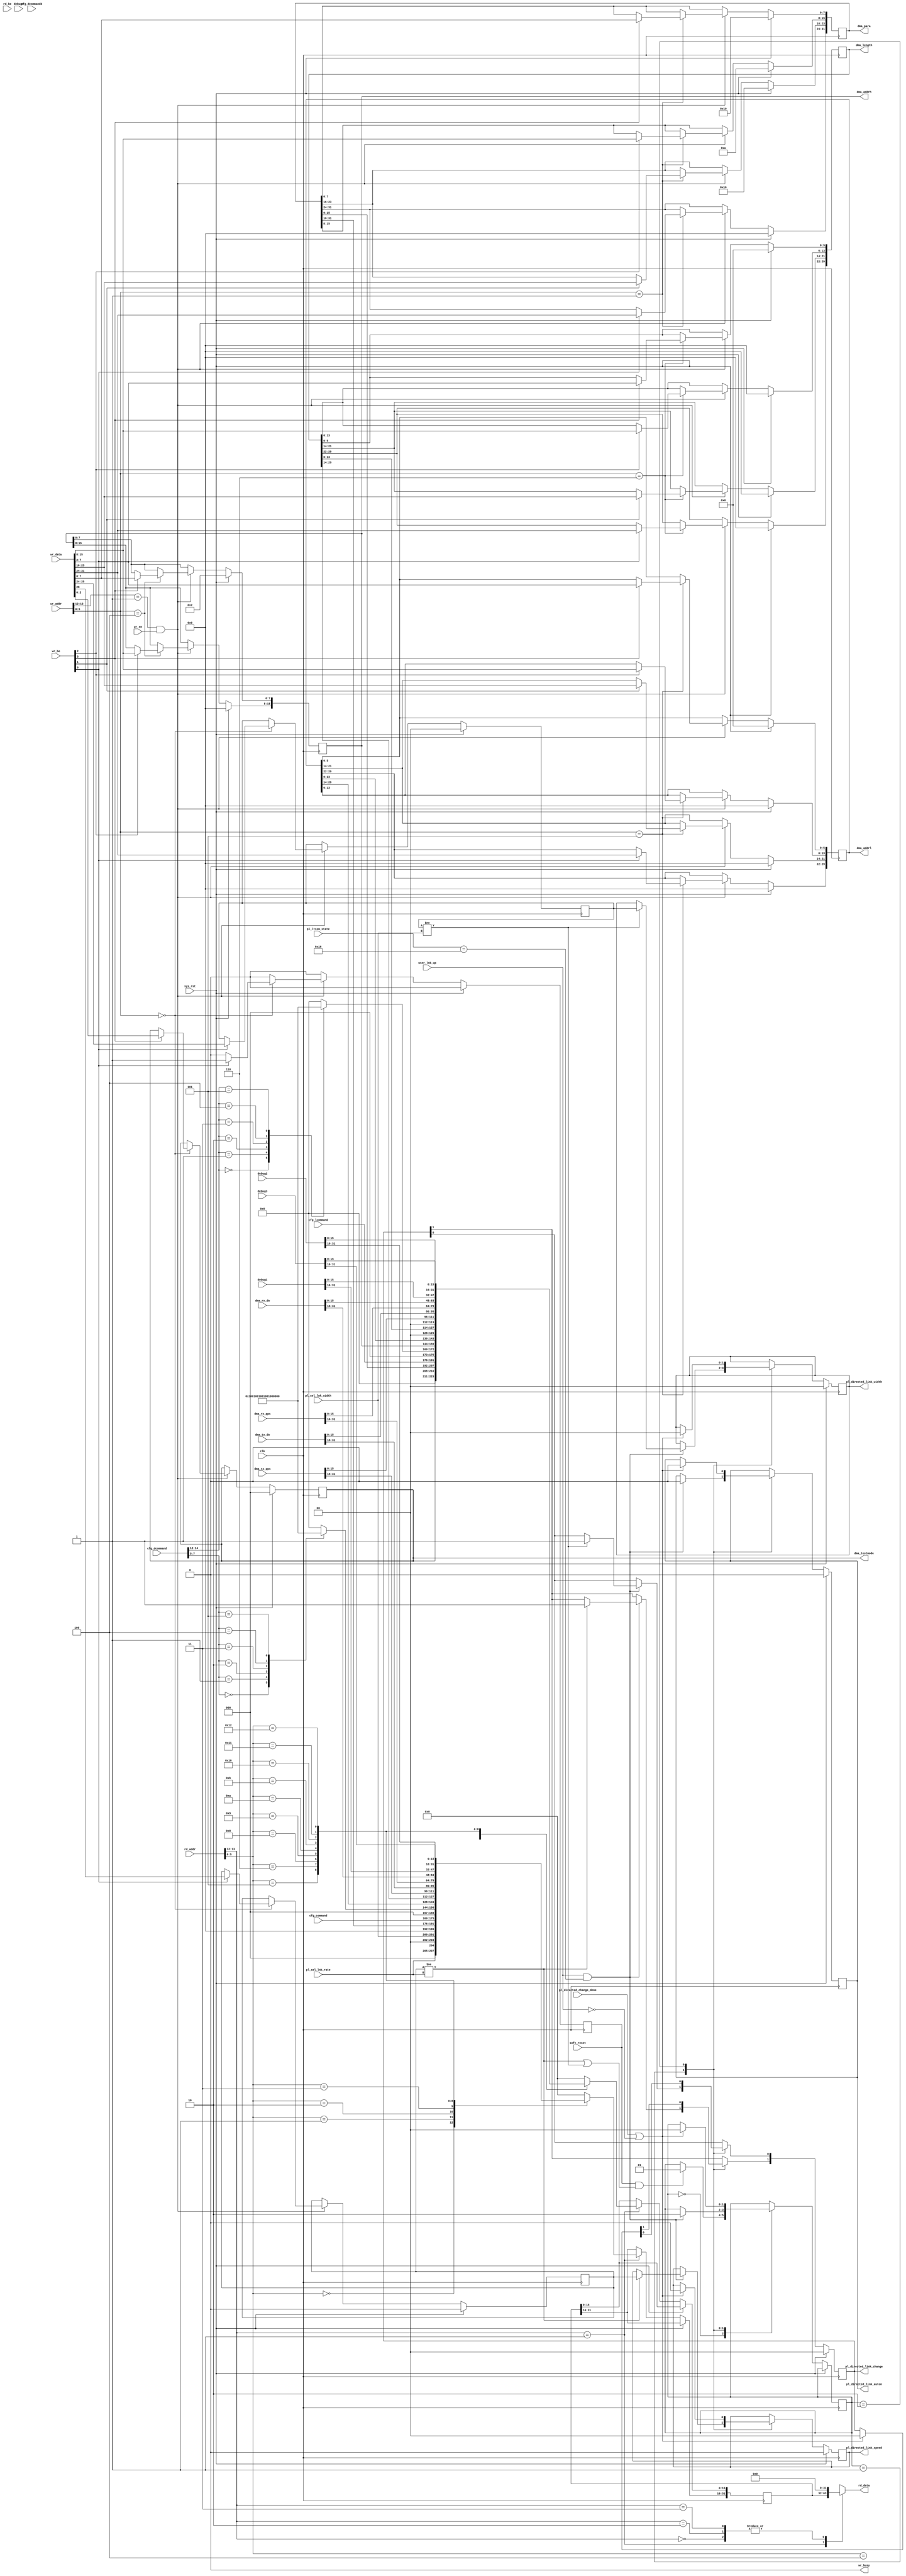
module PIO_EP_MEM_ACCESS  #(
	parameter TCQ = 1
) (

	input wire clk,
	input wire sys_rst,

	input wire soft_reset,

	// Read Access
	input wire [13:0] rd_addr,     // I [13:0]  Read Address
	input wire  [3:0] rd_be,       // I [3:0]   Read Byte Enable
	output wire [31:0] rd_data,     // O [31:0]  Read Data

	// Write Access
	input wire [13:0] wr_addr,     // I [10:0]  Write Address
	input wire  [7:0] wr_be,       // I [7:0]   Write Byte Enable
	input wire [31:0] wr_data,     // I [31:0]  Write Data
	input wire        wr_en,       // I	 Write Enable
	output wire       wr_busy,     // O	 Write Controller Busy

	// PCIe user registers
	output reg  [2:0] dma_testmode = 3'b00,
	output reg [31:2] dma_addrl = (32'h0000_0000 >> 2),
	output reg [15:0] dma_addrh = 16'h0002,
	output reg [31:2] dma_length = (32'h0000_0000 >> 2),
	output reg [31:0] dma_para = 32'h0016_0A10,
	input wire [31:0] dma_tx_pps,
	input wire [31:0] dma_tx_dw,
	input wire [31:0] dma_rx_pps,
	input wire [31:0] dma_rx_dw,

        input wire        user_lnk_up,
	input wire [15:0] cfg_command,
	input wire [15:0] cfg_dcommand,
	input wire [15:0] cfg_lcommand,
	input wire [15:0] cfg_dcommand2,

        output reg  [1:0] pl_directed_link_change = 2'b00,
        output reg  [1:0] pl_directed_link_width = 2'b00,
        output reg        pl_directed_link_speed = 1'b00,
        output reg        pl_directed_link_auton = 1'b0,
        input wire        pl_directed_change_done,
        input wire        pl_sel_lnk_rate,
        input wire [1:0]  pl_sel_lnk_width,
        input wire [5:0]  pl_ltssm_state,

	input wire [31:0] debug1,
	input wire [31:0] debug2,
	input wire [31:0] debug3,
	input wire [31:0] debug4
);

reg [31:0] read_data;
reg req_link_change = 1'b0;
reg req_link_speed = 2'b0;
reg [1:0] req_link_width = 2'b00;

always @(posedge clk) begin
	if (sys_rst) begin
		req_link_change <= 1'b0;
		req_link_speed <= 2'b0;
		req_link_width <= 2'b00;
		// PCIe User Registers
		dma_testmode <= 3'b000;
		dma_addrl <= (32'h0000_0000 >> 2);
		dma_addrh <= 16'h0002;
		dma_length <= (32'h0000_0000 >> 2);
		dma_para <= 32'h0016_0A10;
	end else begin
		req_link_change <= 1'b0;
		if (rd_addr[13:12] == 2'b01) begin // BAR0
		case (rd_addr[5:0])
			6'h00: // status
				read_data[31:0] <= {3'h0, pl_sel_lnk_rate,  2'h0, pl_sel_lnk_width, 21'h0, dma_testmode};
			6'h01: // parameter
				read_data[31:0] <= {dma_para[31:0]};
			6'h02: // cfg_command & cfg_lcommand
				read_data[31:0] <= {cfg_command, cfg_lcommand};
			6'h03: begin // Max Pay load, Max Read Request Size // cfg_dcommand, cfg_dcommand2
//				read_data[31:0] <= {cfg_dcommand, cfg_dcommand2};
				case (cfg_dcommand[7:5])	// Max Payload Size
				3'b000: read_data[31:16] <= 16'd128;
				3'b001: read_data[31:16] <= 16'd256;
				3'b010: read_data[31:16] <= 16'd512;
				3'b011: read_data[31:16] <= 16'd1024;
				3'b100: read_data[31:16] <= 16'd2048;
				3'b101: read_data[31:16] <= 16'd4096;
				default:read_data[31:16] <= 16'd000;
				endcase
				case (cfg_dcommand[14:12])	// Max Read Request Size
				3'b000: read_data[15:0] <= 16'd128;
				3'b001: read_data[15:0] <= 16'd256;
				3'b010: read_data[15:0] <= 16'd512;
				3'b011: read_data[15:0] <= 16'd1024;
				3'b100: read_data[15:0] <= 16'd2048;
				3'b101: read_data[15:0] <= 16'd4096;
				default: read_data[15:0] <= 16'd000;
				endcase
			end
			6'h04: // dma addr high
				read_data[31:0] <= {32'h0, dma_addrh[15:0]};
			6'h05: // dma addr low
				read_data[31:0] <= {dma_addrl[31:2],2'b00};
			6'h06: // dma length
				read_data[31:0] <= {dma_length[31:2],2'b0};
			6'h08: // dma tx pps
				read_data[31:0] <= {dma_tx_pps[31:0]};
			6'h09: // dma tx bytes
				read_data[31:0] <= {dma_tx_dw[31:0]};
			6'h0a: // dma rx pps
				read_data[31:0] <= {dma_rx_pps[31:0]};
			6'h0b: // dma rx bytes
				read_data[31:0] <= {dma_rx_dw[31:0]};
			6'h10: // debug1
				read_data[31:0] <= debug1;
			6'h11: // debug2
				read_data[31:0] <= debug2;
			6'h12: // debug3
				read_data[31:0] <= debug3;
			6'h11: // debug4
				read_data[31:0] <= debug4;
			default: read_data[31:0] <= 32'h0;
		endcase
		end
		if (wr_addr[13:12] == 2'b01 && wr_en == 1'b1) begin // BAR0
			case (wr_addr[5:0])
				6'h00: begin // status
					if (wr_be[0]) begin
						req_link_speed <= wr_data[28];
						req_link_width <= wr_data[25:24];
						req_link_change <= 1'b1;
					end
					if (wr_be[3])
						dma_testmode[2:0] <= wr_data[2:0];
				end
				6'h01: begin // dma parameter
					if (wr_be[0])
						dma_para[31:24] <= wr_data[31:24];
					if (wr_be[1])
						dma_para[23:16] <= wr_data[23:16];
					if (wr_be[2])
						dma_para[15: 8] <= wr_data[15:8];
					if (wr_be[3])
						dma_para[ 7: 0] <= wr_data[7:0];
				end
				6'h04: begin // dma addr high
					if (wr_be[2])
						dma_addrh[15: 8] <= wr_data[15:8];
					if (wr_be[3])
						dma_addrh[ 7: 0] <= wr_data[7:0];
				end
				6'h05: begin // dma addr low
					if (wr_be[0])
						dma_addrl[31:24] <= wr_data[31:24];
					if (wr_be[1])
						dma_addrl[23:16] <= wr_data[23:16];
					if (wr_be[2])
						dma_addrl[15: 8] <= wr_data[15:8];
					if (wr_be[3])
						dma_addrl[ 7: 2] <= wr_data[7:2];
				end
				6'h06: begin // dma length
					if (wr_be[0])
						dma_length[31:24] <= wr_data[31:24];
					if (wr_be[1])
						dma_length[23:16] <= wr_data[23:16];
					if (wr_be[2])
						dma_length[15: 8] <= wr_data[15:8];
					if (wr_be[3])
						dma_length[ 7: 2] <= wr_data[7:2];
				end
			endcase
		end
	end
end

// link control
parameter LC_IDLE  = 2'b00;
parameter LC_WAIT  = 2'b01;
parameter LC_WAIT2 = 2'b10;
reg [1:0] lc_state = LC_IDLE;

always @(posedge clk) begin
	if (sys_rst) begin
		pl_directed_link_change <= 2'b00;
        	pl_directed_link_speed <= 1'b00;
        	pl_directed_link_width <= 2'b00;
		pl_directed_link_auton <= 1'b0;
	end else begin
		case (lc_state)
		LC_IDLE: begin
			if (req_link_change && ((req_link_speed != pl_sel_lnk_rate) || (req_link_width != pl_sel_lnk_width))) begin
				lc_state <= LC_WAIT;
			end
		end
		LC_WAIT: begin
        		if (user_lnk_up && pl_ltssm_state == 6'h16) begin
				if (req_link_speed != pl_sel_lnk_rate) begin
					pl_directed_link_change[1] <= 1'b1;
        				pl_directed_link_speed <= req_link_speed;
				end
				if  (req_link_width != pl_sel_lnk_width) begin
					pl_directed_link_change[0] <= 1'b1;
        				pl_directed_link_width <= req_link_width;
				end
				pl_directed_link_auton <= 1'b0;
				lc_state <= LC_WAIT2;
			end
		end
		LC_WAIT2: begin
        		if (pl_directed_change_done || !user_lnk_up) begin
				pl_directed_link_change[1:0] = 2'b00;
        			pl_directed_link_speed <= 1'b00;
        			pl_directed_link_width <= 2'b00;
				pl_directed_link_auton <= 1'b0;
				lc_state <= LC_IDLE;
			end
		end
		endcase
	end
end

assign soft_reset = req_link_change;

//assign rd_data = read_data;
function [31:0] dec_data;
	input [1:0] sel;
	input [31:0] bar0;
	input [31:0] bar2;
	input [31:0] bios;
	case (sel)
		2'b00: dec_data = 32'h0;
		2'b01: dec_data = bar0;
		2'b10: dec_data = bar2;
		2'b11: dec_data = bios;
	endcase
endfunction
//assign rd_data = rd_addr[13:12] == 2'b11 ? bios_data : read_data;
`ifdef PCIE_X8
assign rd_data = dec_data(rd_addr[13:12], read_data, 32'h0, 32'h00);
`else
assign rd_data = dec_data(rd_addr[13:12], read_data, 32'h0, 32'h00);
`endif
assign wr_busy = 1'b0;

//assign pl_directed_link_change = 2'b00;          // Never initiate link change
//assign pl_directed_link_width = 2'b00;           // Zero out directed link width
//assign pl_directed_link_speed = 1'b0;            // Zero out directed link speed
//assign pl_directed_link_auton = 1'b0;            // Zero out link autonomous input

endmodule